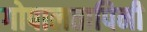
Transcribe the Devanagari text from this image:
गोपालतापिनी